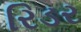
રિડર